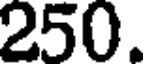
250.